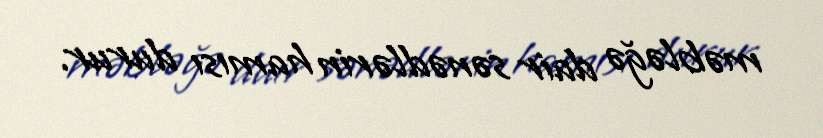
məbləğə dair sənədlərin hamısı durur.